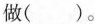
做（）。